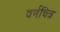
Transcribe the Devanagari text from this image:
वर्णचित्र